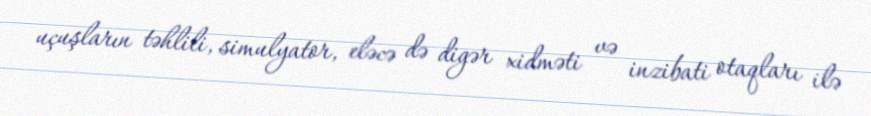
uçuşların təhlili, simulyator, eləcə də digər xidməti və inzibati otaqları ilə